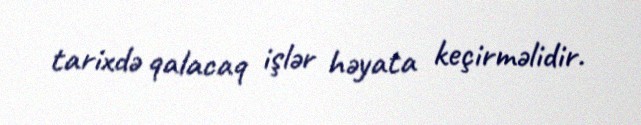
tarixdə qalacaq işlər həyata keçirməlidir.